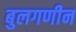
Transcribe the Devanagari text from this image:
बुलगणीन